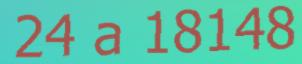
24 a 18148